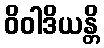
ဝိဝါဒိယန္တိ